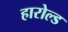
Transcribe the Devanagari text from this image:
हारोल्ड